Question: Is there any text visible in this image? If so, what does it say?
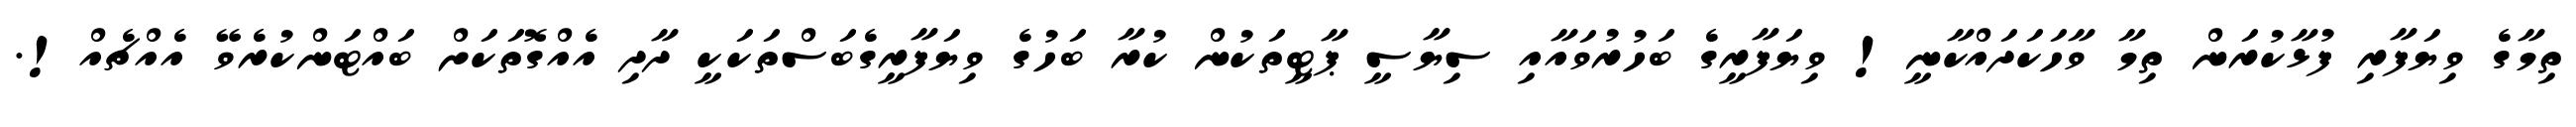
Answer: ތިމާގެ ވިޔަފާރި ފުޅާކުރަން ތިމާ ވާހަކަދައްކާނީ! ވިޔަފާރީގެ ބަހުރުވައާއި ސިޔާސީ ޕާޓީތަކުން ކުރާ ބަހުގެ ވިޔަފާރީގެބަސްތަކަކީ ދާދި އެއްގޮތަކަށް ބައްޓަންކުރެވޭ އެއްޗެއް!.